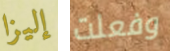
إليزا وفعلت